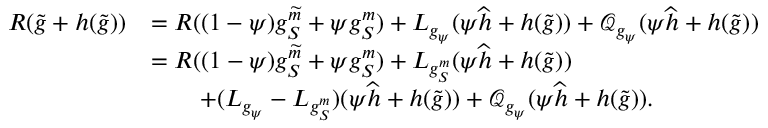
\begin{array} { r l } { R ( \widetilde g + h ( \widetilde g ) ) } & { = R ( ( 1 - \psi ) g _ { S } ^ { \widetilde m } + \psi g _ { S } ^ { m } ) + L _ { g _ { \psi } } ( \psi \widehat h + h ( \widetilde g ) ) + \mathcal Q _ { g _ { \psi } } ( \psi \widehat h + h ( \widetilde g ) ) } \\ & { = R ( ( 1 - \psi ) g _ { S } ^ { \widetilde m } + \psi g _ { S } ^ { m } ) + L _ { g _ { S } ^ { m } } ( \psi \widehat h + h ( \widetilde g ) ) } \\ & { \qquad + ( L _ { g _ { \psi } } - L _ { g _ { S } ^ { m } } ) ( \psi \widehat h + h ( \widetilde g ) ) + \mathcal Q _ { g _ { \psi } } ( \psi \widehat h + h ( \widetilde g ) ) . } \end{array}